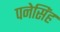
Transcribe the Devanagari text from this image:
पनेसिंह